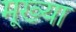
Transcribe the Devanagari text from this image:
मूख्या